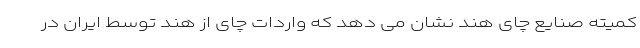
کمیته صنایع چای هند نشان می دهد که واردات چای از هند توسط ایران در